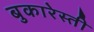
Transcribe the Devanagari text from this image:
बुकारेस्ती